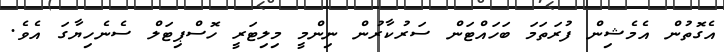
އެގޮތުން އެމެޝިން ފުރަތަމަ ބަހައްޓަން ސަރުކާރުން ނިންމީ މިލިޓަރީ ހޮސްޕިޓަލް ސެނެހިޔާގަ އެވެ.